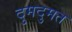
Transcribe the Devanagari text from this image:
दुमदुमत